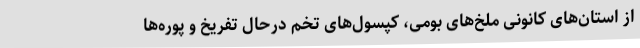
از استان‌های کانونی ملخ‌های بومی، کپسول‌های تخم درحال تفریخ و پوره‌ها